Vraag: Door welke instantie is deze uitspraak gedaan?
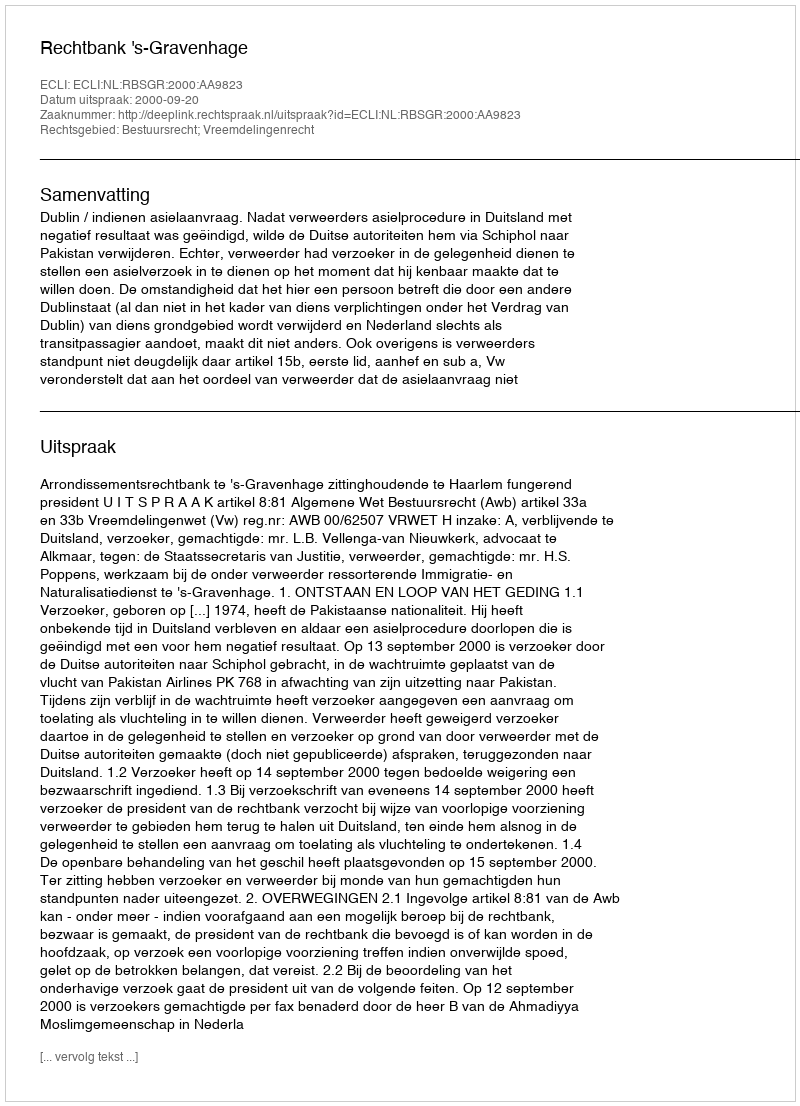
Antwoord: Rechtbank 's-Gravenhage